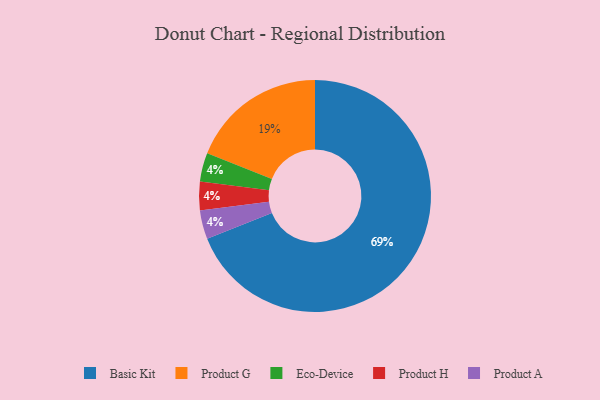
{"axis": {"x": "Category", "y": "Percentage"}, "legend": ["Basic Kit", "Eco-Device", "Product A", "Product G", "Product H"], "data": [{"x": "Product G", "y": 19, "type": "Product G"}, {"x": "Basic Kit", "y": 69, "type": "Basic Kit"}, {"x": "Eco-Device", "y": 4, "type": "Eco-Device"}, {"x": "Product H", "y": 4, "type": "Product H"}, {"x": "Product A", "y": 4, "type": "Product A"}]}